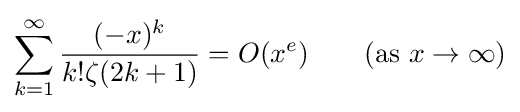
\sum _{k=1}^{\infty }{\frac {(-x)^{k}}{k!\zeta (2k+1)}}=O(x^{e})\qquad ({\text{as }}x\to \infty )